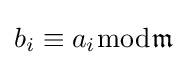
b_{i}\equiv a_{i}{\bmod {\mathfrak {m}}}